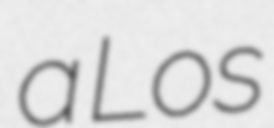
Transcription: a Los